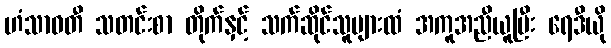
ဟံသာဝတီ သတင်းစာ တိုက်နှင့် သက်ဆိုင်သူများထံ အကူအညီယူပြီး ရေဒီယို